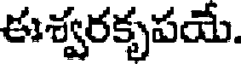
ఈశ్వరకృపయే.